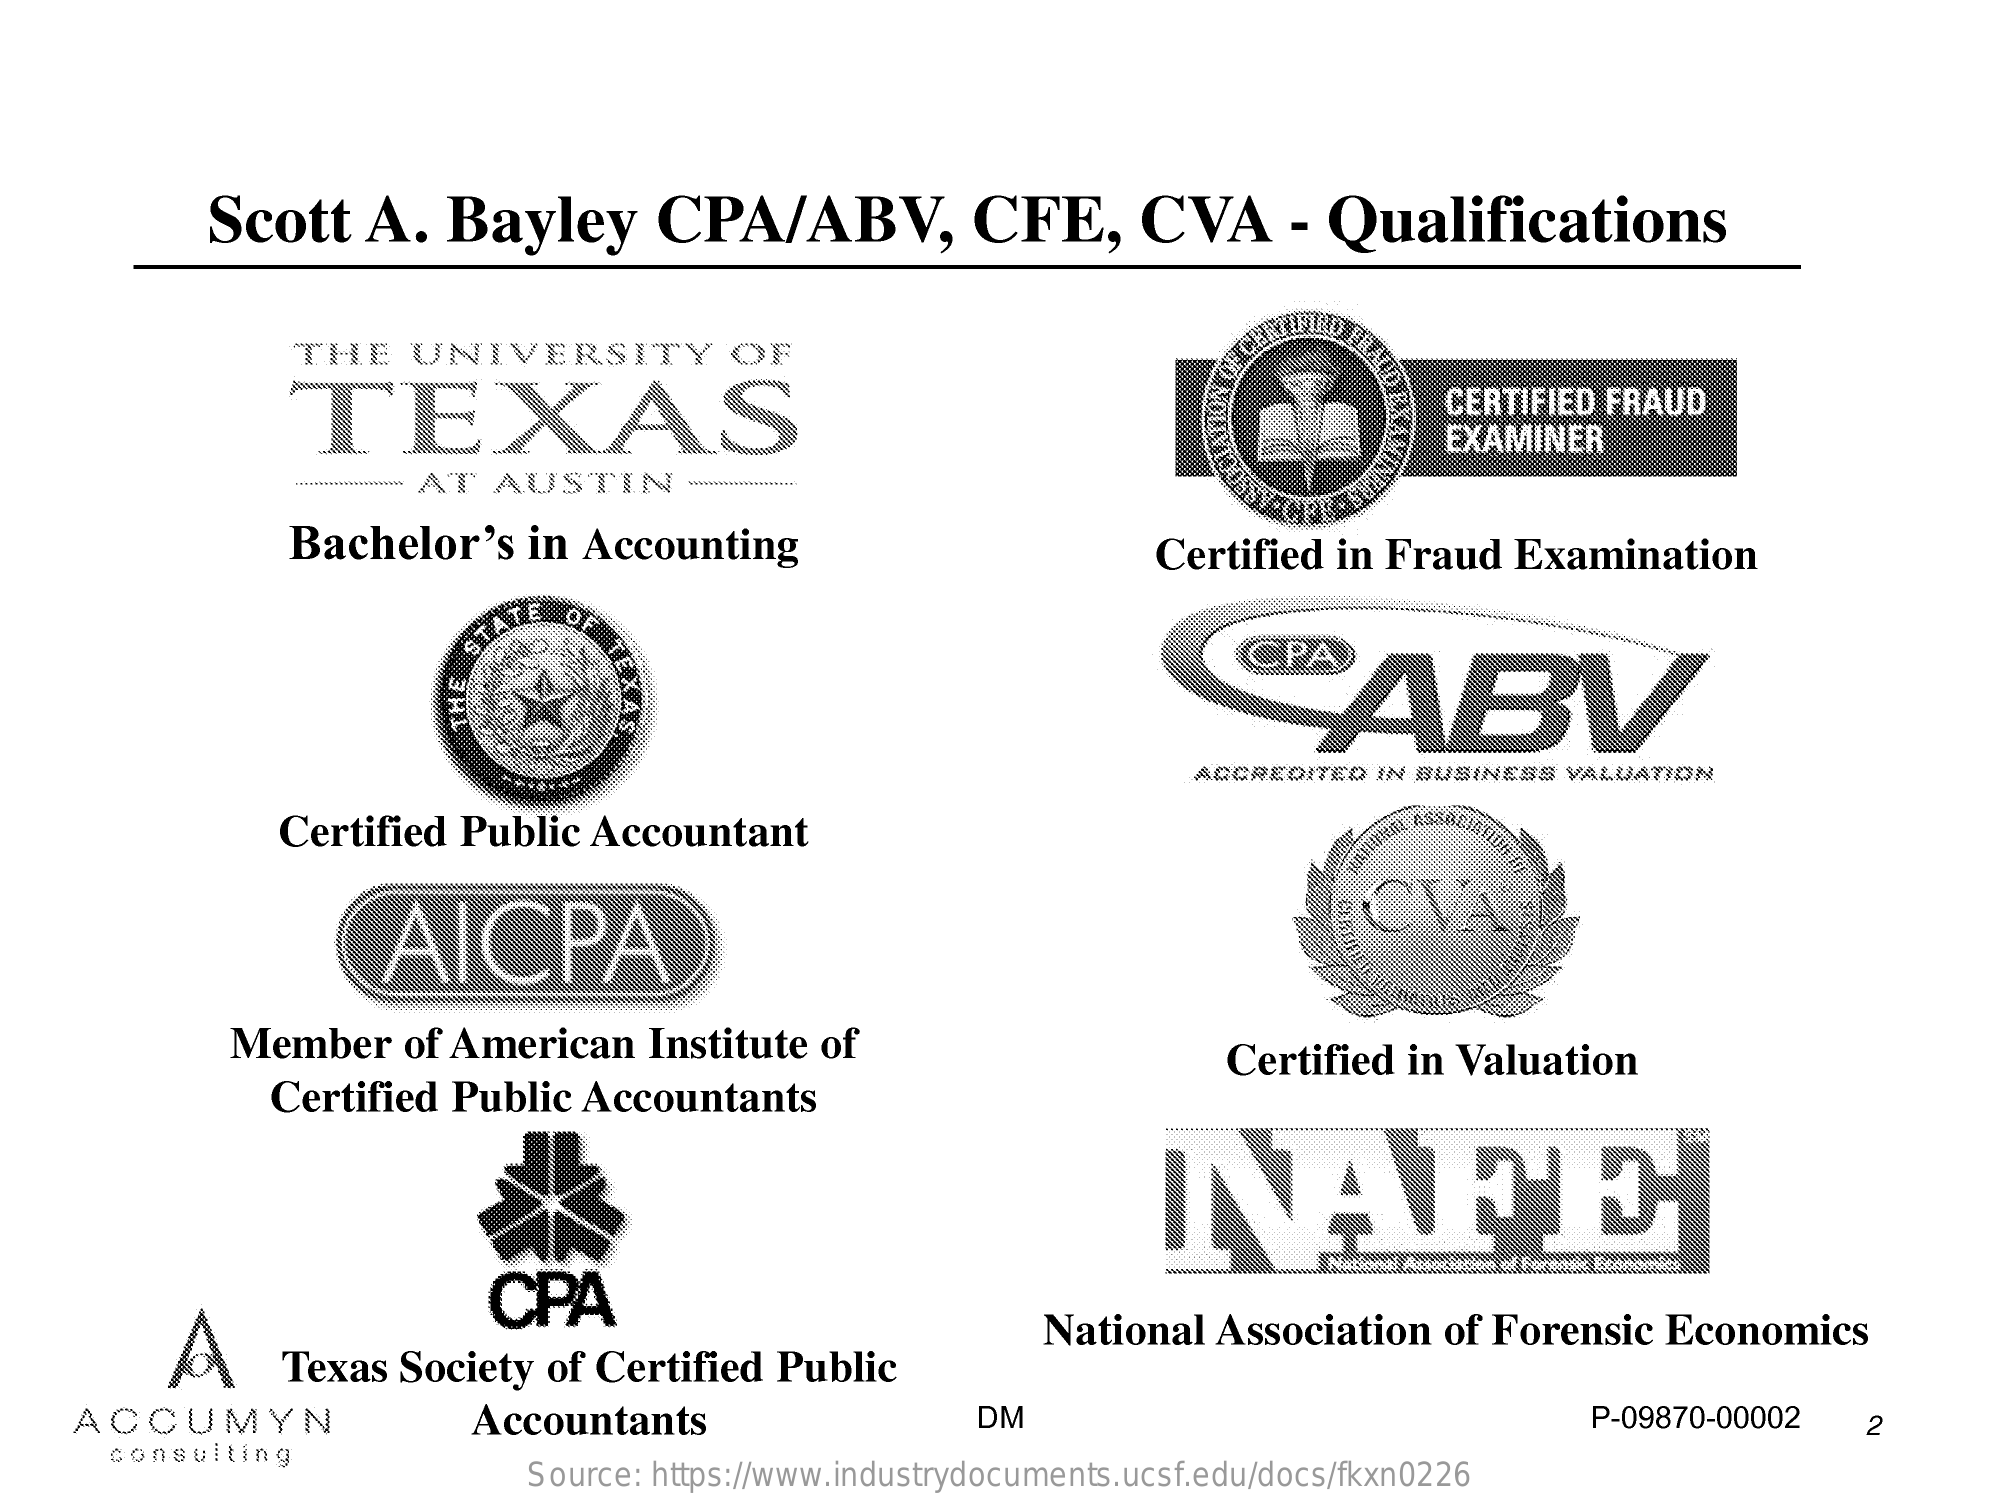
Scott    A.   Bayley    CPA/ABV,    CFE,    CVA    - Qualifications
     THE    UNIVERSITY    OF
     TEXAS    CERTIFIED FRAUD
     EXAMINER
     www AT   AUSTIN    -
     Bachelor's    in Accounting    Certified  in Fraud   Examination
     CABV
     ACCREDITED IN BUSINESS VALUATION
     Certified  Public  Accountant
     AICPA
     Member    of American    Institute of
     Certified  Public  Accountants
     Certified  in Valuation
     NAFE
     A
     CPA
     Texas  Society  of Certified   Public
     National  Association   of Forensic   Economics
     ACCUMYN    Accountants    DM    P-09870-00002    2
     consulting
     Source: https://www.industrydocuments.ucsf.edu/docs/fkxn0226